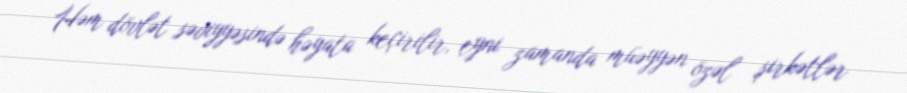
Həm dövlət səviyyəsində həyata keçirilir, eyni zamanda müəyyən özəl şirkətlər